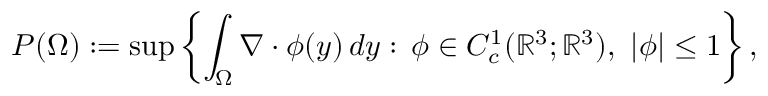
P ( \Omega ) : = \operatorname* { s u p } \left\{ \int _ { \Omega } \nabla \cdot \phi ( y ) \, d y : \, \phi \in C _ { c } ^ { 1 } ( \mathbb R ^ { 3 } ; \mathbb R ^ { 3 } ) , \ | \phi | \leq 1 \right\} ,